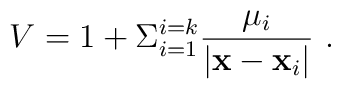
V = 1 + \Sigma ^{i=k}_{i=1} {{\mu_i} \over {| {\bf x}- {\bf x}_i |}} \ .